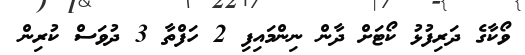
ވޯކާގެ ދަރިފުޅު ކޯޓަށް ދާން ނިންމައިފި 2 ހަފްތާ 3 ދުވަސް ކުރިން